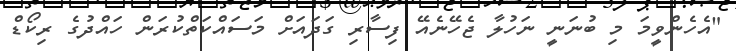
"އެހެންވީމަ މި ބުނަނީ ނަހުލާ ޖެހޭނެއޭ ފިސާރި ގަދައަށް މަސައްކަތްކުރަން ހައްދުގެ ރިކޯޑް